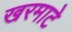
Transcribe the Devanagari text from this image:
खरमाटे